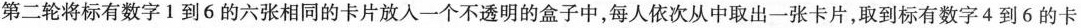
第二轮将标有数字1到6的六张相同的卡片放入一个不透明的盒子中，每人依次从中取出一张卡片，取到标有数字4到6的卡